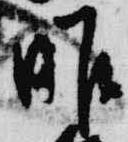
昨